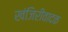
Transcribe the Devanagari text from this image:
खंजिरीवादक